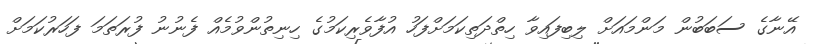
އޭނާގެ ސަބަބުން މަންމައަށް ލިބިފައިވާ ހިތްދަތިކަމަށްފަހު އުފާވެރިކަމުގެ ހިނިތުންވުމެއް ފެނުނު ފުރަތަމަ ފަހަރުކަމަށް